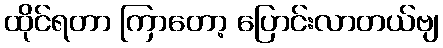
ထိုင်ရတာ ကြာတော့ ပြောင်းလာတယ်ဗျ